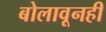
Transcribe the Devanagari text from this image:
बोलावूनही